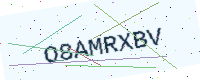
Text: O8AMRXBV